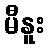
မီနူး